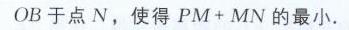
\(OB\)于点\(N\)，使得\(PM + MN\)的最小.